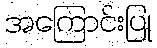
အကြောင်းပြု